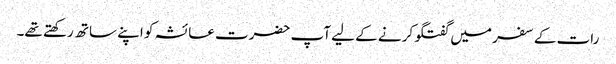
رات کے سفر میں گفتگو کرنے کے لیے آپ حضرت عائشہ کو اپنے ساتھ رکھتے تھے۔